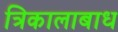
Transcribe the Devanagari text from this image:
त्रिकालाबाध